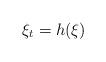
LaTeX: \begin{align*}\xi_{t}= h(\xi)\end{align*}